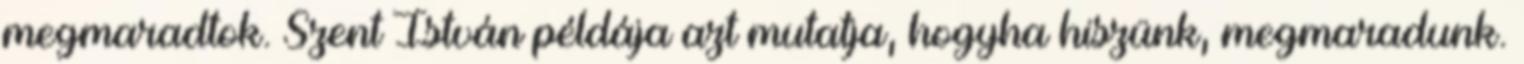
megmaradtok. Szent István példája azt mutatja, hogyha hiszünk, megmaradunk.